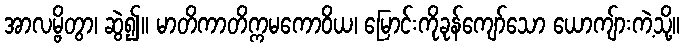
အာလမ္ဗိတွာ၊ ဆွဲ၍။ မာတိကာတိက္ကမကောဝိယ၊ မြောင်းကိုခုန်ကျော်သော ယောကျ်ားကဲ့သို့။